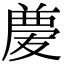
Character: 𠭶